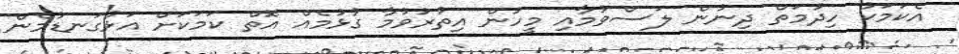
އެކަމަކު ހިދުމަތް ދިނުން ލަސްވުމާއި މީހުން އިތުރުވުމާ ގުޅުމެއް އޮތް ކަމަކަށް އަޅުގަނޑުމެން